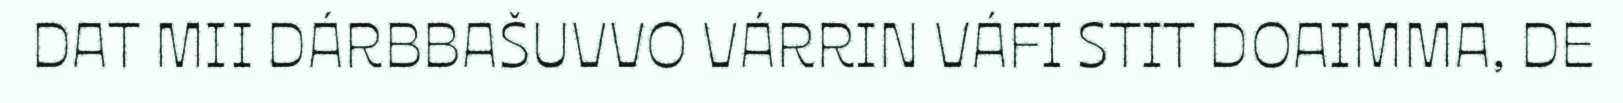
DAT MII DÁRBBAŠUVVO VÁRRIN VÁFI STIT DOAIMMA, DE